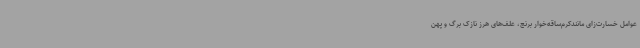
عوامل خسارت‌زای مانندکرم‌ساقه‌خوار برنج، علف‌های هرز نازک برگ و پهن